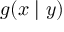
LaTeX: g ( x \mid y )